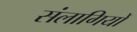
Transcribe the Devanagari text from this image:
संलागियों